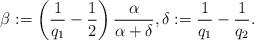
LaTeX: \begin{align*} \beta := \left(\frac 1 {q_1} - \frac 1 2 \right)\frac{\alpha}{\alpha + \delta}, \delta := \frac 1 {q_1} - \frac 1 {q_2}.\end{align*}